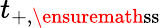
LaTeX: t_{+,\ensuremath{\mathrm{ss}}}